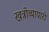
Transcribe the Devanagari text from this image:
खत्रीव्यापारी